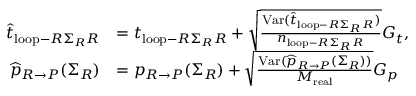
\begin{array} { r l } { \widehat { t } _ { \mathrm { l o o p } - R \Sigma _ { R } R } } & { = t _ { \mathrm { l o o p } - R \Sigma _ { R } R } + \sqrt { \frac { \mathrm { V a r } ( \widehat { t } _ { \mathrm { l o o p } - R \Sigma _ { R } R } ) } { n _ { \mathrm { l o o p } - R \Sigma _ { R } R } } } G _ { t } , } \\ { \widehat { p } _ { R \rightarrow P } ( \Sigma _ { R } ) } & { = p _ { R \rightarrow P } ( \Sigma _ { R } ) + \sqrt { \frac { \mathrm { V a r } ( \widehat { p } _ { R \rightarrow P } ( \Sigma _ { R } ) ) } { M _ { \mathrm { r e a l } } } } G _ { p } } \end{array}